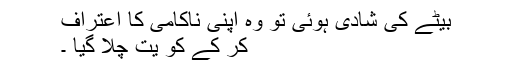
بیٹے کی شادی ہوئی تو وہ اپنی ناکامی کا اعتراف
کر کے کو یت چلا گیا ۔